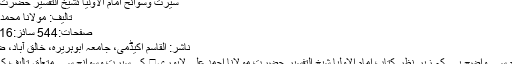
سیرت وسوانح امام الاولیا ئشیخ التفسیر حضرت لاہوری
تالیف: مولانا محمد عبدالمعبود
صفحات:544 سائز:23x36=16
ناشر: القاسم اکیڈمی، جامعہ ابوہریرہ، خالق آباد، ضلع نوشہرہ
جیسا کہ نام سے واضح ہے کہ زیر نظر کتاب امام الاولیا شیخ التفسیر حضرت مولانا احمد علی لاہوری کی سیرت وسوانح سے متعلق تالیف کی گئی ہے۔